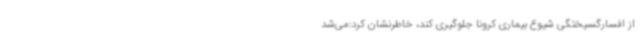
از افسارگسیختگی شیوع بیماری کرونا جلوگیری کند، خاطرنشان کرد:می‌شد